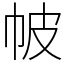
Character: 帔